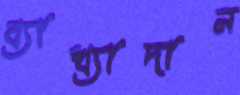
ব্যাখ্যাদান